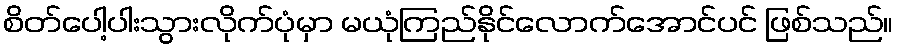
စိတ်ပေါ့ပါးသွားလိုက်ပုံမှာ မယုံကြည်နိုင်လောက်အောင်ပင် ဖြစ်သည်။